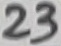
Text: 23